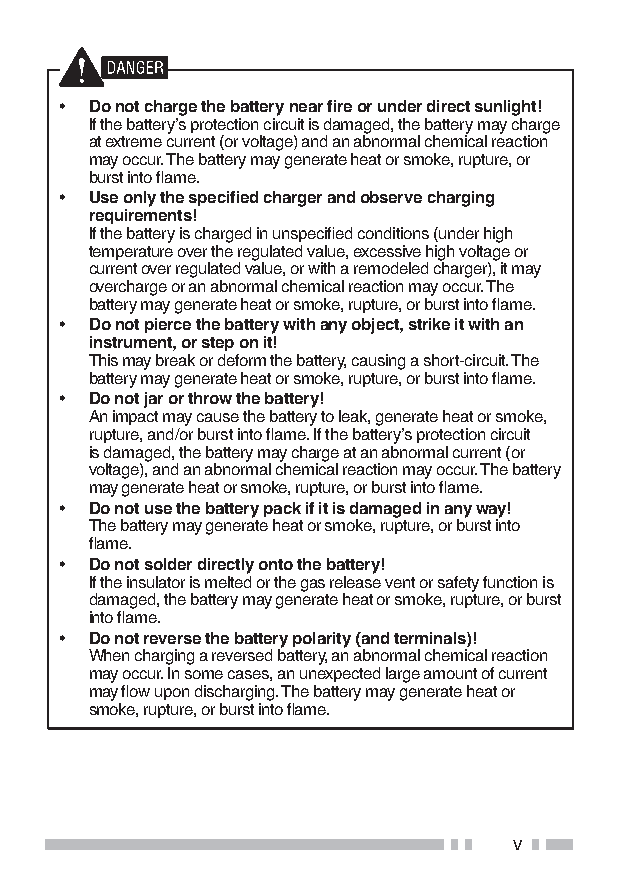
• Do not charge the battery near fire or under direct sunlight!
 If the battery’s protection circuit is damaged, the battery may charge
 at extreme current (or voltage) and an abnormal chemical reaction
 may occur. The battery may generate heat or smoke, rupture, or
 burst into flame.
 • Use only the specified charger and observe charging
 requirements!
 If the battery is charged in unspecified conditions (under high
 temperature over the regulated value, excessive high voltage or
 current over regulated value, or with a remodeled charger), it may
 overcharge or an abnormal chemical reaction may occur. The
 battery may generate heat or smoke, rupture, or burst into flame.
 • Do not pierce the battery with any object, strike it with an
 instrument, or step on it!
 This may break or deform the battery, causing a short-circuit. The
 battery may generate heat or smoke, rupture, or burst into flame.
 • Do not jar or throw the battery!
 An impact may cause the battery to leak, generate heat or smoke,
 rupture, and/or burst into flame. If the battery’s protection circuit
 is damaged, the battery may charge at an abnormal current (or
 voltage), and an abnormal chemical reaction may occur. The battery
 may generate heat or smoke, rupture, or burst into flame.
 • Do not use the battery pack if it is damaged in any way!
 The battery may generate heat or smoke, rupture, or burst into
 flame.
 • Do not solder directly onto the battery!
 If the insulator is melted or the gas release vent or safety function is
 damaged, the battery may generate heat or smoke, rupture, or burst
 into flame.
 • Do not reverse the battery polarity (and terminals)!
 When charging a reversed battery, an abnormal chemical reaction
 may occur. In some cases, an unexpected large amount of current
 may flow upon discharging. The battery may generate heat or
 smoke, rupture, or burst into flame.
 v